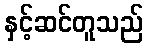
နှင့်ဆင်တူသည်